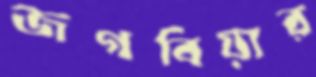
জগবিয়ার